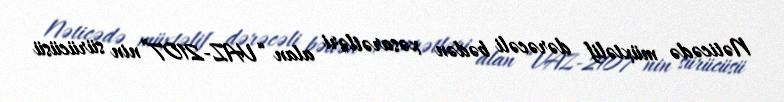
Nəticədə müxtəlif dərəcəli bədən xəsarətləri alan “VAZ-2107”nin sürücüsü